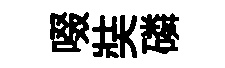
啜奘磷